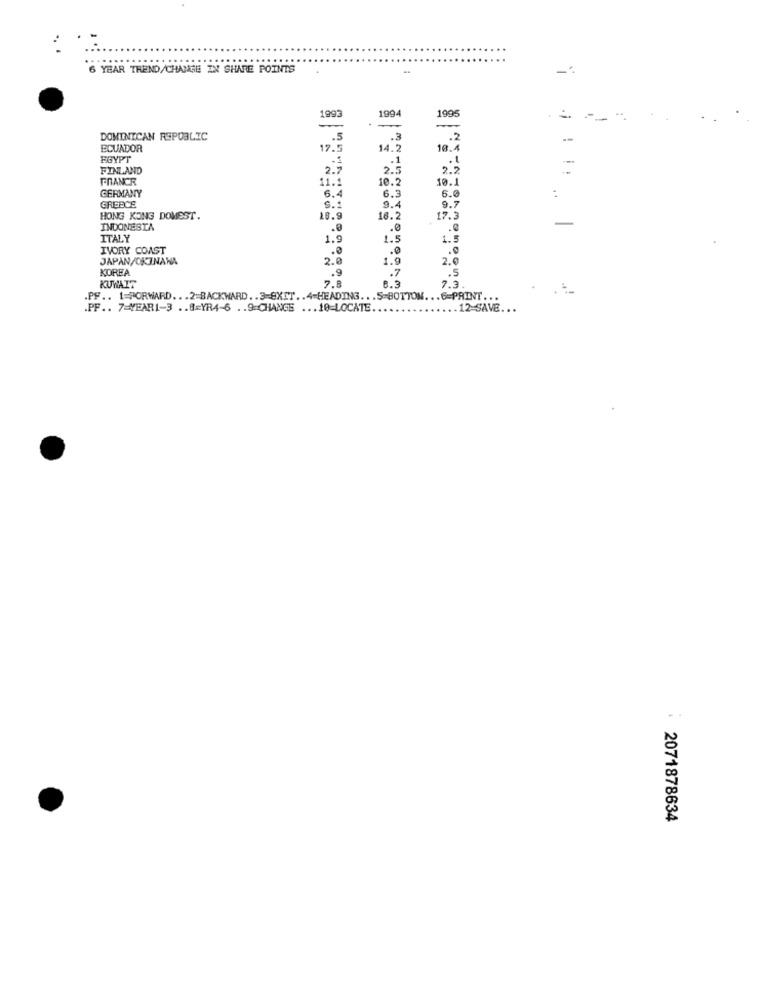
6 YEAR TREND/CHANGE IN SHARE POINTS
1993
1994
1995
.
==
DOMINICAN REPUBLIC
.5
.3
.2
ECUADOR
17.5
14.2
10.4
EGYPT
.1
.t
FINLAND
2.5
FRANCE
11.1
10.2
10.
GERMANY
6.
6.3
6.0
GREECE
S .:
9.4
9.7
HONG KONG DOMEST.
20.9
16.2
17.3
-
INDONESIA
.0
.0
ITALY
1.9
1.5
1.5
IVORY COAST
.0
JAPAN/OKINAWA
2.
1.9
2.
KOREA
.9
.7
.5
7.8
KUWAIT
8.3
7.3
PF .. 1=FORWARD ... 2=BACKWARD .. 3-8XIT .. 4-HEADING ... S-BOTTOM ... 6=PAINT ...
.PF .. 7=YEAR1-3 .. 8=YR4-6 .. 9 CHANGE ... 10-LOCATE ..
.. 12-SAVE ...
2071878634